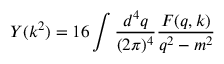
Y ( k ^ { 2 } ) = 1 6 \int { \frac { d ^ { 4 } q } { ( 2 \pi ) ^ { 4 } } } { \frac { F ( q , k ) } { q ^ { 2 } - m ^ { 2 } } }